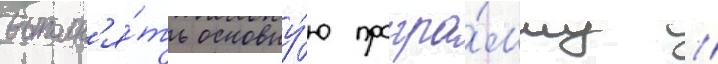
выполн'я́ть основну́ю програ́мму //